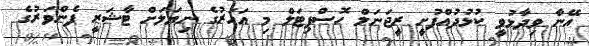
އޭނާ ވިދާޅުވީ ކުޅުދުއްފުށީ ރީޖަނަލް ހޮސްޕިޓަލް މި އަހަރުގެ ނިޔަލަށް ޓާޝަރީ ފެންވަރުގެ